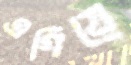
এগিয়ে